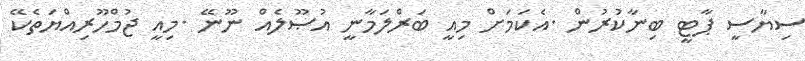
ސިޔާސީ ޕާޓީ ބިނާކުރުން .އެކަމަށް މިއީ ބަރްލަމާނީ އުޞޫލެއް ނޫނޭ .މިއީ ޖުމްހޫރިއްޔަތެކޭ